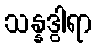
သန္နဒွါရာ